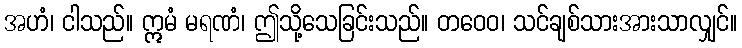
အဟံ၊ ငါသည်။ ဣမံ မရဏံ၊ ဤသို့သေခြင်းသည်။ တဝေဝ၊ သင်ချစ်သားအားသာလျှင်။